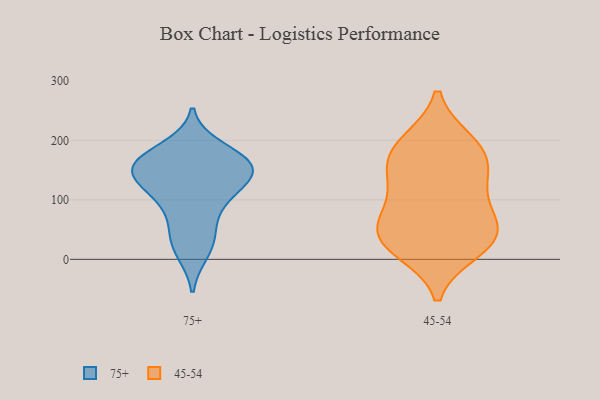
{"axis": {"x": "Market Share (%)", "y": "Value"}, "legend": ["45-54", "75+"], "data": [{"x": "", "y": 137, "type": "75+"}, {"x": "", "y": 28, "type": "75+"}, {"x": "", "y": 52, "type": "75+"}, {"x": "", "y": 158, "type": "75+"}, {"x": "", "y": 163, "type": "75+"}, {"x": "", "y": 155, "type": "75+"}, {"x": "", "y": 13, "type": "75+"}, {"x": "", "y": 165, "type": "75+"}, {"x": "", "y": 142, "type": "75+"}, {"x": "", "y": 160, "type": "75+"}, {"x": "", "y": 113, "type": "75+"}, {"x": "", "y": 114, "type": "75+"}, {"x": "", "y": 87, "type": "75+"}, {"x": "", "y": 186, "type": "75+"}, {"x": "", "y": 16, "type": "45-54"}, {"x": "", "y": 89, "type": "45-54"}, {"x": "", "y": 58, "type": "45-54"}, {"x": "", "y": 194, "type": "45-54"}, {"x": "", "y": 32, "type": "45-54"}, {"x": "", "y": 178, "type": "45-54"}, {"x": "", "y": 197, "type": "45-54"}, {"x": "", "y": 122, "type": "45-54"}, {"x": "", "y": 30, "type": "45-54"}, {"x": "", "y": 150, "type": "45-54"}, {"x": "", "y": 33, "type": "45-54"}, {"x": "", "y": 150, "type": "45-54"}, {"x": "", "y": 65, "type": "45-54"}]}